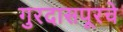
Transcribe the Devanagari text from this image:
गुरदासपूरचे